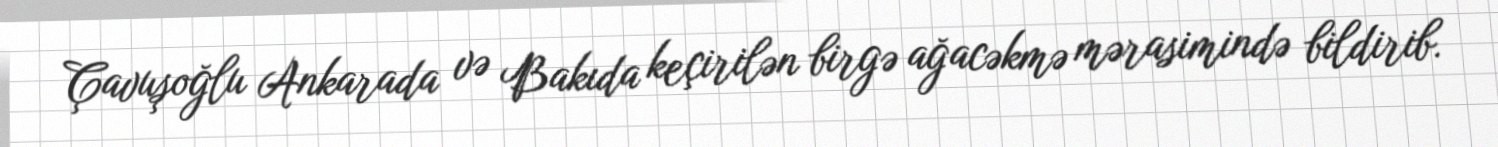
Çavuşoğlu Ankarada və Bakıda keçirilən birgə ağacəkmə mərasimində bildirib.